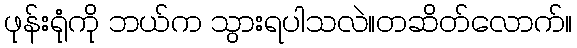
ဖုန်းရုံကို ဘယ်က သွားရပါသလဲ။တဆိတ်လောက်။